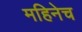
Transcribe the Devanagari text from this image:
महिनेच